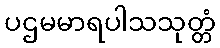
ပဌမမာရပါသသုတ္တံ